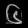
Digit: ၆